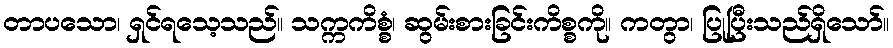
တာပသော၊ ရှင်ရသေ့သည်။ သက္ကကိစ္စံ၊ ဆွမ်းစားခြင်းကိစ္စကို။ ကတွာ၊ ပြုပြီးသည်ရှိသော်။